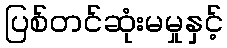
ပြစ်တင်ဆုံးမမှုနှင့်